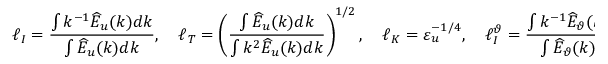
\ell _ { I } = \frac { \int k ^ { - 1 } \widehat { E } _ { u } ( k ) d k } { \int \widehat { E } _ { u } ( k ) d k } , \quad \ell _ { T } = \left( \frac { \int \widehat { E } _ { u } ( k ) d k } { \int k ^ { 2 } \widehat { E } _ { u } ( k ) d k } \right) ^ { 1 / 2 } , \quad \ell _ { K } = \varepsilon _ { u } ^ { - 1 / 4 } , \quad \ell _ { I } ^ { \vartheta } = \frac { \int k ^ { - 1 } \widehat { E } _ { \vartheta } ( k ) d k } { \int \widehat { E } _ { \vartheta } ( k ) d k }